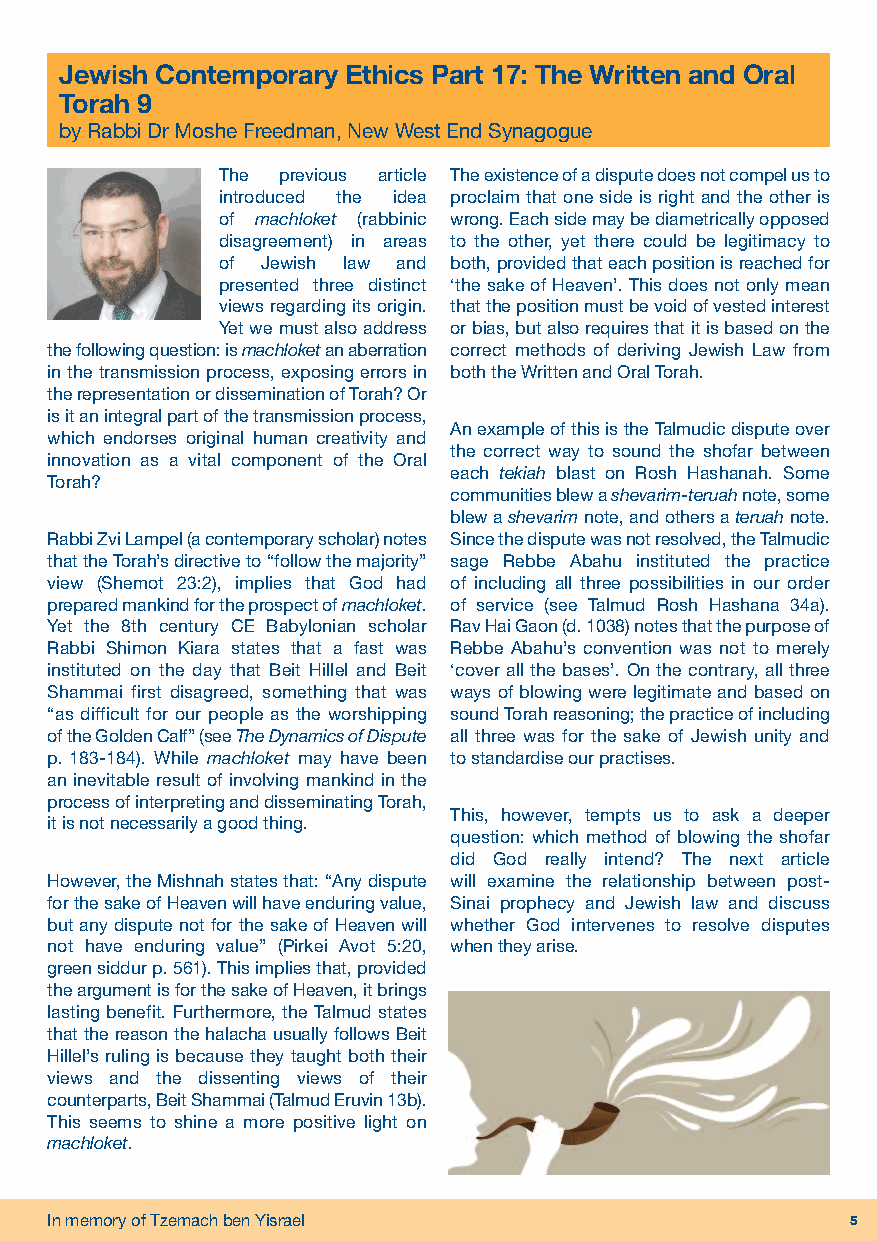
Jewish Contemporary Ethics Part 17: The Written and Oral
 Torah 9
 by Rabbi Dr Moshe Freedman, New West End Synagogue
 The previous article The existence of a dispute does not compel us to
 introduced the idea proclaim that one side is right and the other is
 of machloket (rabbinic wrong. Each side may be diametrically opposed
 disagreement) in areas to the other, yet there could be legitimacy to
 of Jewish law and both, provided that each position is reached for
 presented three distinct ‘the sake of Heaven’. This does not only mean
 views regarding its origin. that the position must be void of vested interest
 Yet we must also address or bias, but also requires that it is based on the
 the following question: is machloketan aberration correct methods of deriving Jewish Law from
 in the transmission process, exposing errors in both the Written and Oral Torah.
 the representation or dissemination of Torah? Or
 is it an integral part of the transmission process,
 An example of this is the Talmudic dispute over
 which endorses original human creativity and
 the correct way to sound the shofar between
 innovation as a vital component of the Oral
 each tekiah blast on Rosh Hashanah. Some
 Torah?
 communities blew a shevarim-teruahnote, some
 blew a shevarimnote, and others a teruahnote.
 Rabbi Zvi Lampel (a contemporary scholar) notes Since the dispute was not resolved, the Talmudic
 that the Torah’s directive to “follow the majority” sage Rebbe Abahu instituted the practice
 view (Shemot 23:2), implies that God had of including all three possibilities in our order
 prepared mankind for the prospect of machloket. of service (see Talmud Rosh Hashana 34a).
 Yet the 8th century CE Babylonian scholar Rav Hai Gaon (d. 1038) notes that the purpose of
 Rabbi Shimon Kiara states that a fast was Rebbe Abahu’s convention was not to merely
 instituted on the day that Beit Hillel and Beit ‘cover all the bases’. On the contrary, all three
 Shammai first disagreed, something that was ways of blowing were legitimate and based on
 “as difficult for our people as the worshipping sound Torah reasoning; the practice of including
 of the Golden Calf” (see The Dynamics of Dispute all three was for the sake of Jewish unity and
 p.183-184). While machloket may have been to standardise our practises.
 an inevitable result of involving mankind in the
 process of interpreting and disseminating Torah,
 This, however, tempts us to ask a deeper
 it is not necessarily a good thing.
 question: which method of blowing the shofar
 did God really intend? The next article
 However, the Mishnah states that: “Any dispute will examine the relationship between post-
 for the sake of Heaven will have enduring value, Sinai prophecy and Jewish law and discuss
 but any dispute not for the sake of Heaven will whether God intervenes to resolve disputes
 not have enduring value” (Pirkei Avot 5:20, when they arise.
 green siddur p. 561). This implies that, provided
 the argument is for the sake of Heaven, it brings
 lasting benefit. Furthermore, the Talmud states
 that the reason the halacha usually follows Beit
 Hillel’s ruling is because they taught both their
 views and the dissenting views of their
 counterparts, Beit Shammai (Talmud Eruvin 13b).
 This seems to shine a more positive light on
 machloket.
 In memory of Tzemach ben Yisrael                     5